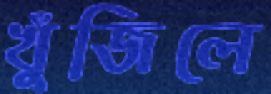
খুঁজিলে